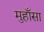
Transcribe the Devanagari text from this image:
मुहाँसा